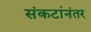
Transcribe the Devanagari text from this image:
संकटांनंतर